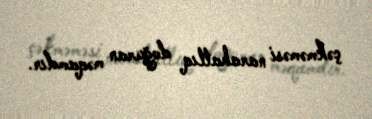
çəkməməsi narahatlıq doğuran məqamdır.